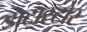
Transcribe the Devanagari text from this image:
डाटास्टोर